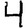
Digit: 4